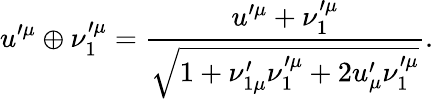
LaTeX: u^{\prime\mu}\oplus\nu_{1}^{\prime\mu}=\frac{u^{\prime\mu}+\nu_{1}^{\prime\mu}}{\sqrt{1+\nu_{1\mu}^{\prime}\nu_{1}^{\prime\mu}+2u_{\mu}^{\prime}\nu_{1}^{\prime\mu}}}.